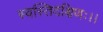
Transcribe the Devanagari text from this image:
स्वस्तिदक्षिणः।।